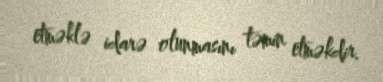
etməklə idarə olunmasını təmin etməkdir.